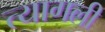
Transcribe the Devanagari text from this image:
त्यागली